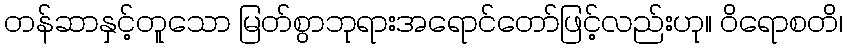
တန်ဆာနှင့်တူသော မြတ်စွာဘုရားအရောင်တော်ဖြင့်လည်းဟု။ ဝိရောစတိ၊